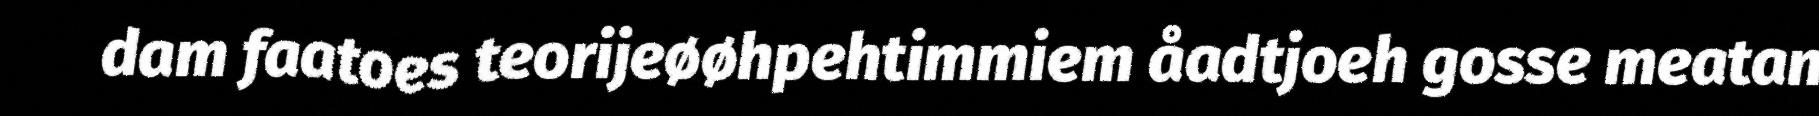
dam faatoes teorijeøøhpehtimmiem åadtjoeh gosse meatan